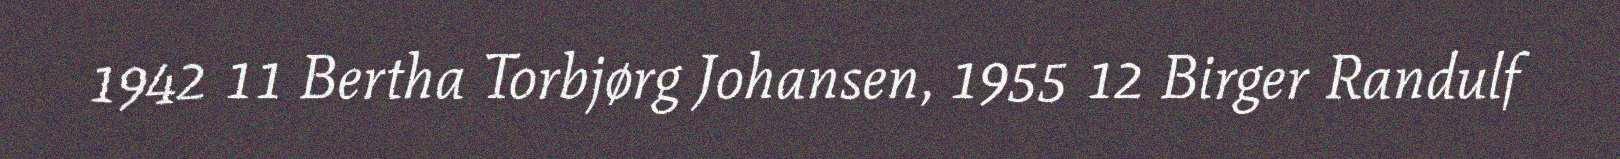
1942 11 Bertha Torbjørg Johansen, 1955 12 Birger Randulf